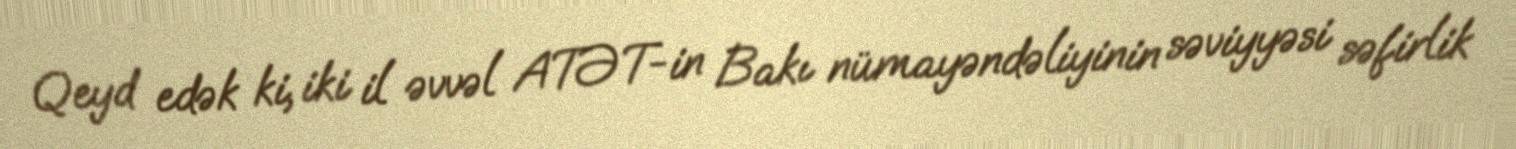
Qeyd edək ki, iki il əvvəl ATƏT-in Bakı nümayəndəliyinin səviyyəsi səfirlik